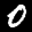
Label: 0